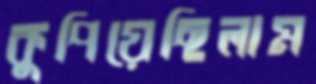
কুপিয়েছিলাম